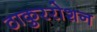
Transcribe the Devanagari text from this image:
ठाकुररोशन